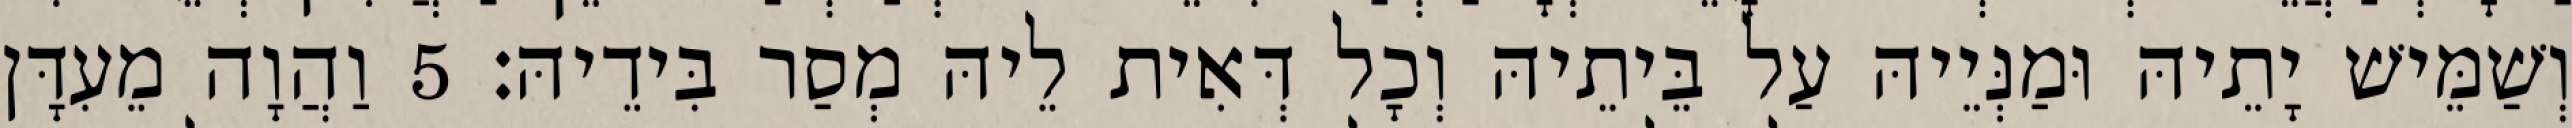
וְשַׁמֵּישׁ יָתֵיהּ וּמַנְּיֵיהּ עַל בֵּיתֵיהּ וְכָל דְּאִית לֵיהּ מְסַר בִּידֵיהּ׃ 5 וַהֲוָה מֵעִדָּן